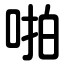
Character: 啪